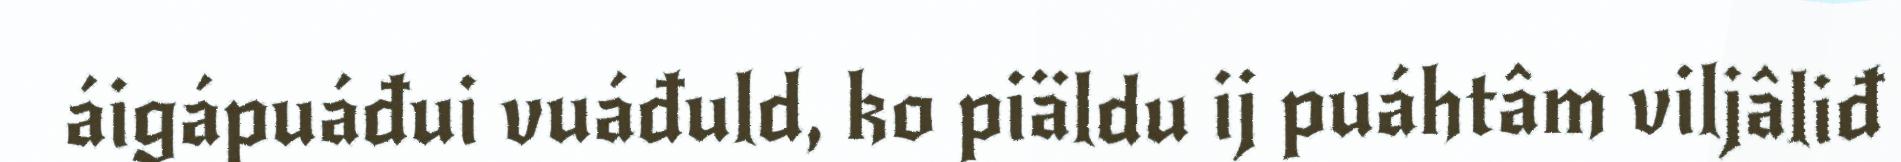
áigápuáđui vuáđuld, ko piäldu ij puáhtâm viljâliđ